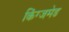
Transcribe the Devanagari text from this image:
किंग्जमेड